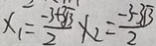
x _ { 1 } = \frac { - 3 + 3 \sqrt { 3 } } { 2 } x _ { 2 } = \frac { - 3 - 3 \sqrt { 3 } } { 2 }